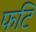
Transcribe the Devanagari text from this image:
फटि